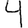
Digit: 4